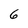
Character: 6